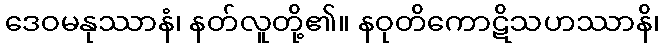
ဒေဝမနုဿာနံ၊ နတ်လူတို့၏။ နဝုတိကောဋိသဟဿာနိ၊